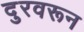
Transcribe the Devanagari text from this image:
दुरवरून